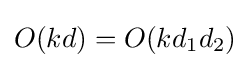
O(kd)=O(kd_{1}d_{2})